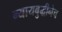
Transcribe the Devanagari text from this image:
न्यायबुद्धीनेच